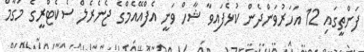
ފަންތީގައި 12 އަހަރުވަންދެން ކުޅެފައިވާ ޝާހް ވަނީ އެފްއޭއެމްގެ ޖެނެރެލް ސެކެޓްރީގެ މަގާމް